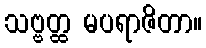
သဗ္ဗတ္ထ မပရာဇိတာ။